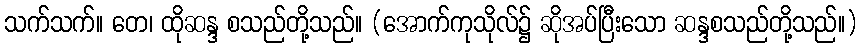
သက်သက်။ တေ၊ ထိုဆန္ဒ စသည်တို့သည်။ (အောက်ကုသိုလ်၌ ဆိုအပ်ပြီးသော ဆန္ဒစသည်တို့သည်။)